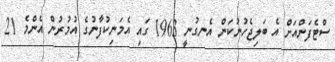
ސްޓެފަންއަށް އެ ބަލިޖެހުނުކަން އެނގުނީ 1963 ގައި އެމަނިކުފާނުގެ އުމުރުން އެންމެ 21